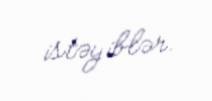
istəyiblər.